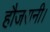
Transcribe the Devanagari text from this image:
हौजरानी।